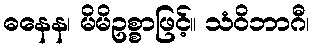
ဓနေန၊ မိမိဥစ္စာဖြင့်။ သံဝိဘာဂီ၊